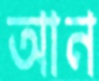
আন